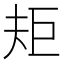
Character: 𭑌